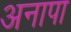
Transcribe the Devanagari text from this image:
अनापा